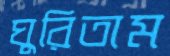
ঘুরিতাম